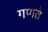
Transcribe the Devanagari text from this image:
गणते